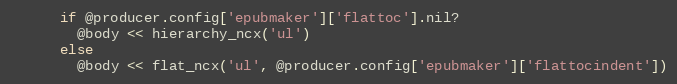
Language: Ruby
      if @producer.config['epubmaker']['flattoc'].nil?
        @body << hierarchy_ncx('ul')
      else
        @body << flat_ncx('ul', @producer.config['epubmaker']['flattocindent'])